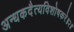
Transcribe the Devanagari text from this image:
अन्धकदैत्यविशोषकरे॥२॥